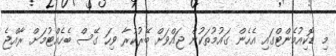
މި ޑޮކިއުމެންޓްގައި އެހެން ގައުމުތަކުން ޖައްވަށް ބޭރުކުރާ ވިހަ ގޭސް ބެހެއްޓުމަށް ރާއްޖެ